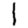
Digit: 1